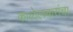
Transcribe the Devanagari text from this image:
कालेलकरांचा